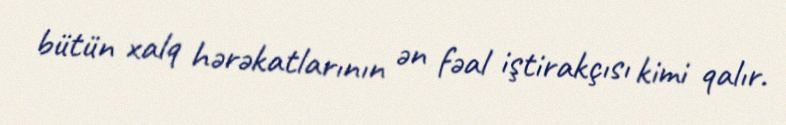
bütün xalq hərəkatlarının ən fəal iştirakçısı kimi qalır.